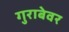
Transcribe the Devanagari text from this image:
गुराबेवर